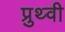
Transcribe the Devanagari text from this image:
प्रुथ्वी